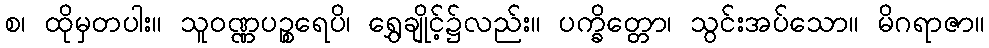
စ၊ ထိုမှတပါး။ သူဝဏ္ဏပဉ္စရေပိ၊ ရွှေချိုင့်၌လည်း။ ပက္ခိတ္တော၊ သွင်းအပ်သော။ မိဂရာဇာ။